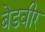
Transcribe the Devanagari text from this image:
बेडवीर